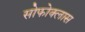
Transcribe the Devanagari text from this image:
सोफोक्लास